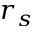
r _ { s }